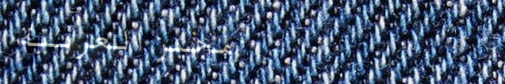
مخبز العربية